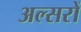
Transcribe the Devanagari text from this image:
अल्सरों